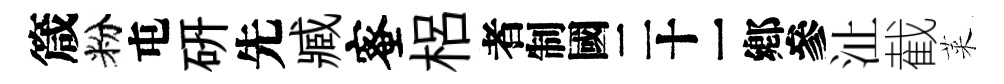
箴粉屯硏先臧蜜梠识沚截萊